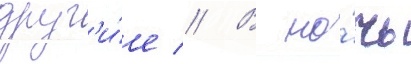
друг'и́е // В но́чь